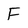
Character: F